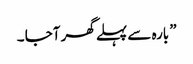
” بارہ سے پہلے گھر آجا ۔